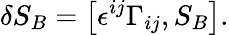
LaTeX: \delta S_{B}=\left[\epsilon^{ij}\Gamma_{ij},S_{B}\right].